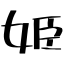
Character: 姫